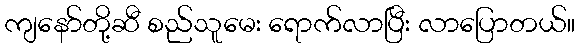
ကျနော်တို့ဆီ စည်သူမေး ရောက်လာပြီး လာပြောတယ်။